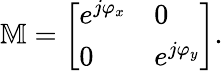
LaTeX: \mathbb{M}=\left[\begin{array}{ll}{e^{j\varphi_{x}}}&{0}\\ {0}&{e^{j\varphi_{y}}}\end{array}\right].